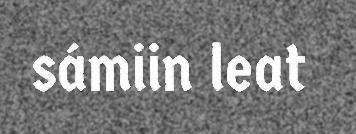
sámiin leat